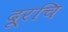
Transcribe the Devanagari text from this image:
दूरचि